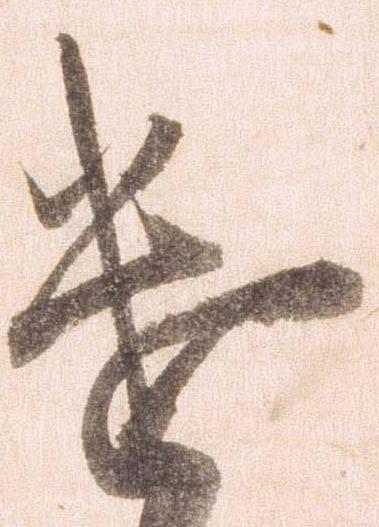
遣